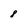
Character: 8